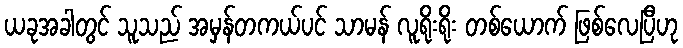
ယခုအခါတွင် သူသည် အမှန်တကယ်ပင် သာမန် လူရိုးရိုး တစ်ယောက် ဖြစ်လေပြီဟု